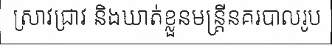
ស្រាវជ្រាវ និងឃាត់ខ្លួនមន្ត្រីនគរបាលរូប